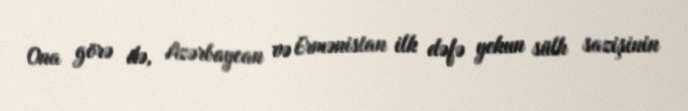
Ona görə də, Azərbaycan və Ermənistan ilk dəfə yekun sülh sazişinin